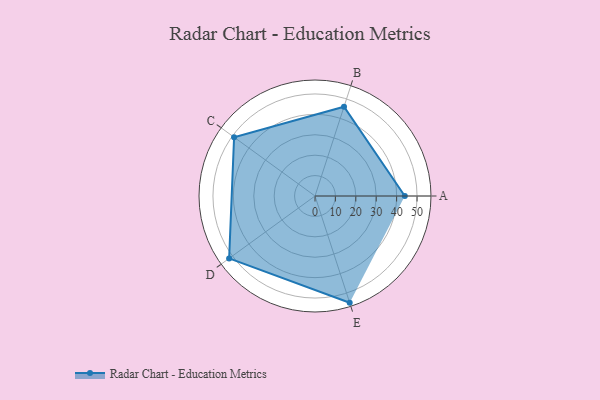
{"axis": {"x": "Skill", "y": "Score"}, "legend": ["Profile"], "data": [{"x": "A", "y": 44.0, "type": "Profile"}, {"x": "B", "y": 46.0, "type": "Profile"}, {"x": "C", "y": 49.0, "type": "Profile"}, {"x": "D", "y": 52.0, "type": "Profile"}, {"x": "E", "y": 55.0, "type": "Profile"}]}